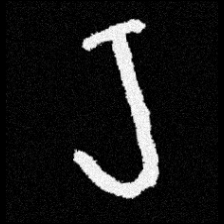
Pyu character \u2014 Myanmar letter: ရ (romanized: ra)